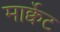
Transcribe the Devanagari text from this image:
मार्क्वेट